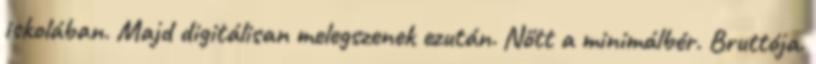
iskolában. Majd digitálisan melegszenek ezután. Nőtt a minimálbér. Bruttója.